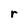
Character: r